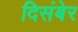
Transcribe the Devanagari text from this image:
दिसंबेर